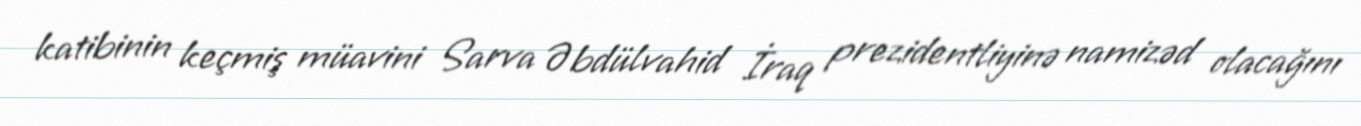
katibinin keçmiş müavini Sarva Əbdülvahid İraq prezidentliyinə namizəd olacağını